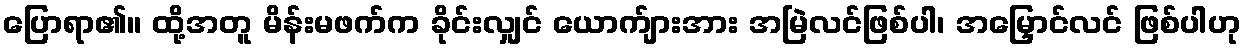
ပြောရာ၏။ ထို့အတူ မိန်းမဖက်က ခိုင်းလျှင် ယောက်ျားအား အမြဲလင်ဖြစ်ပါ၊ အမြှောင်လင် ဖြစ်ပါဟု